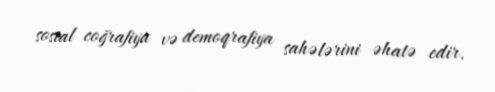
sosial coğrafiya və demoqrafiya sahələrini əhatə edir.